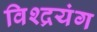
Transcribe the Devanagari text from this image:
विश्द्रयंग